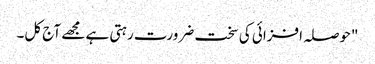
"حوصلہ افزائی کی سخت ضرورت رہتی ہے مجھے آج کل۔